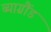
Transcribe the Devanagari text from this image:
ब्याग्रौंड